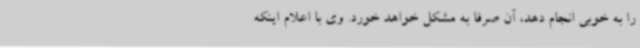
را به خوبی انجام دهد، آن صرفا به مشکل خواهد خورد. وی با اعلام اینکه